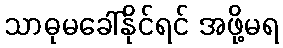
သာဓုမခေါ်နိုင်ရင် အဖို့မရ